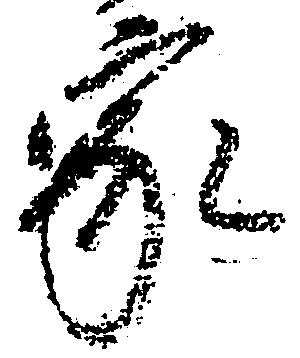
家